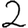
Digit: 2